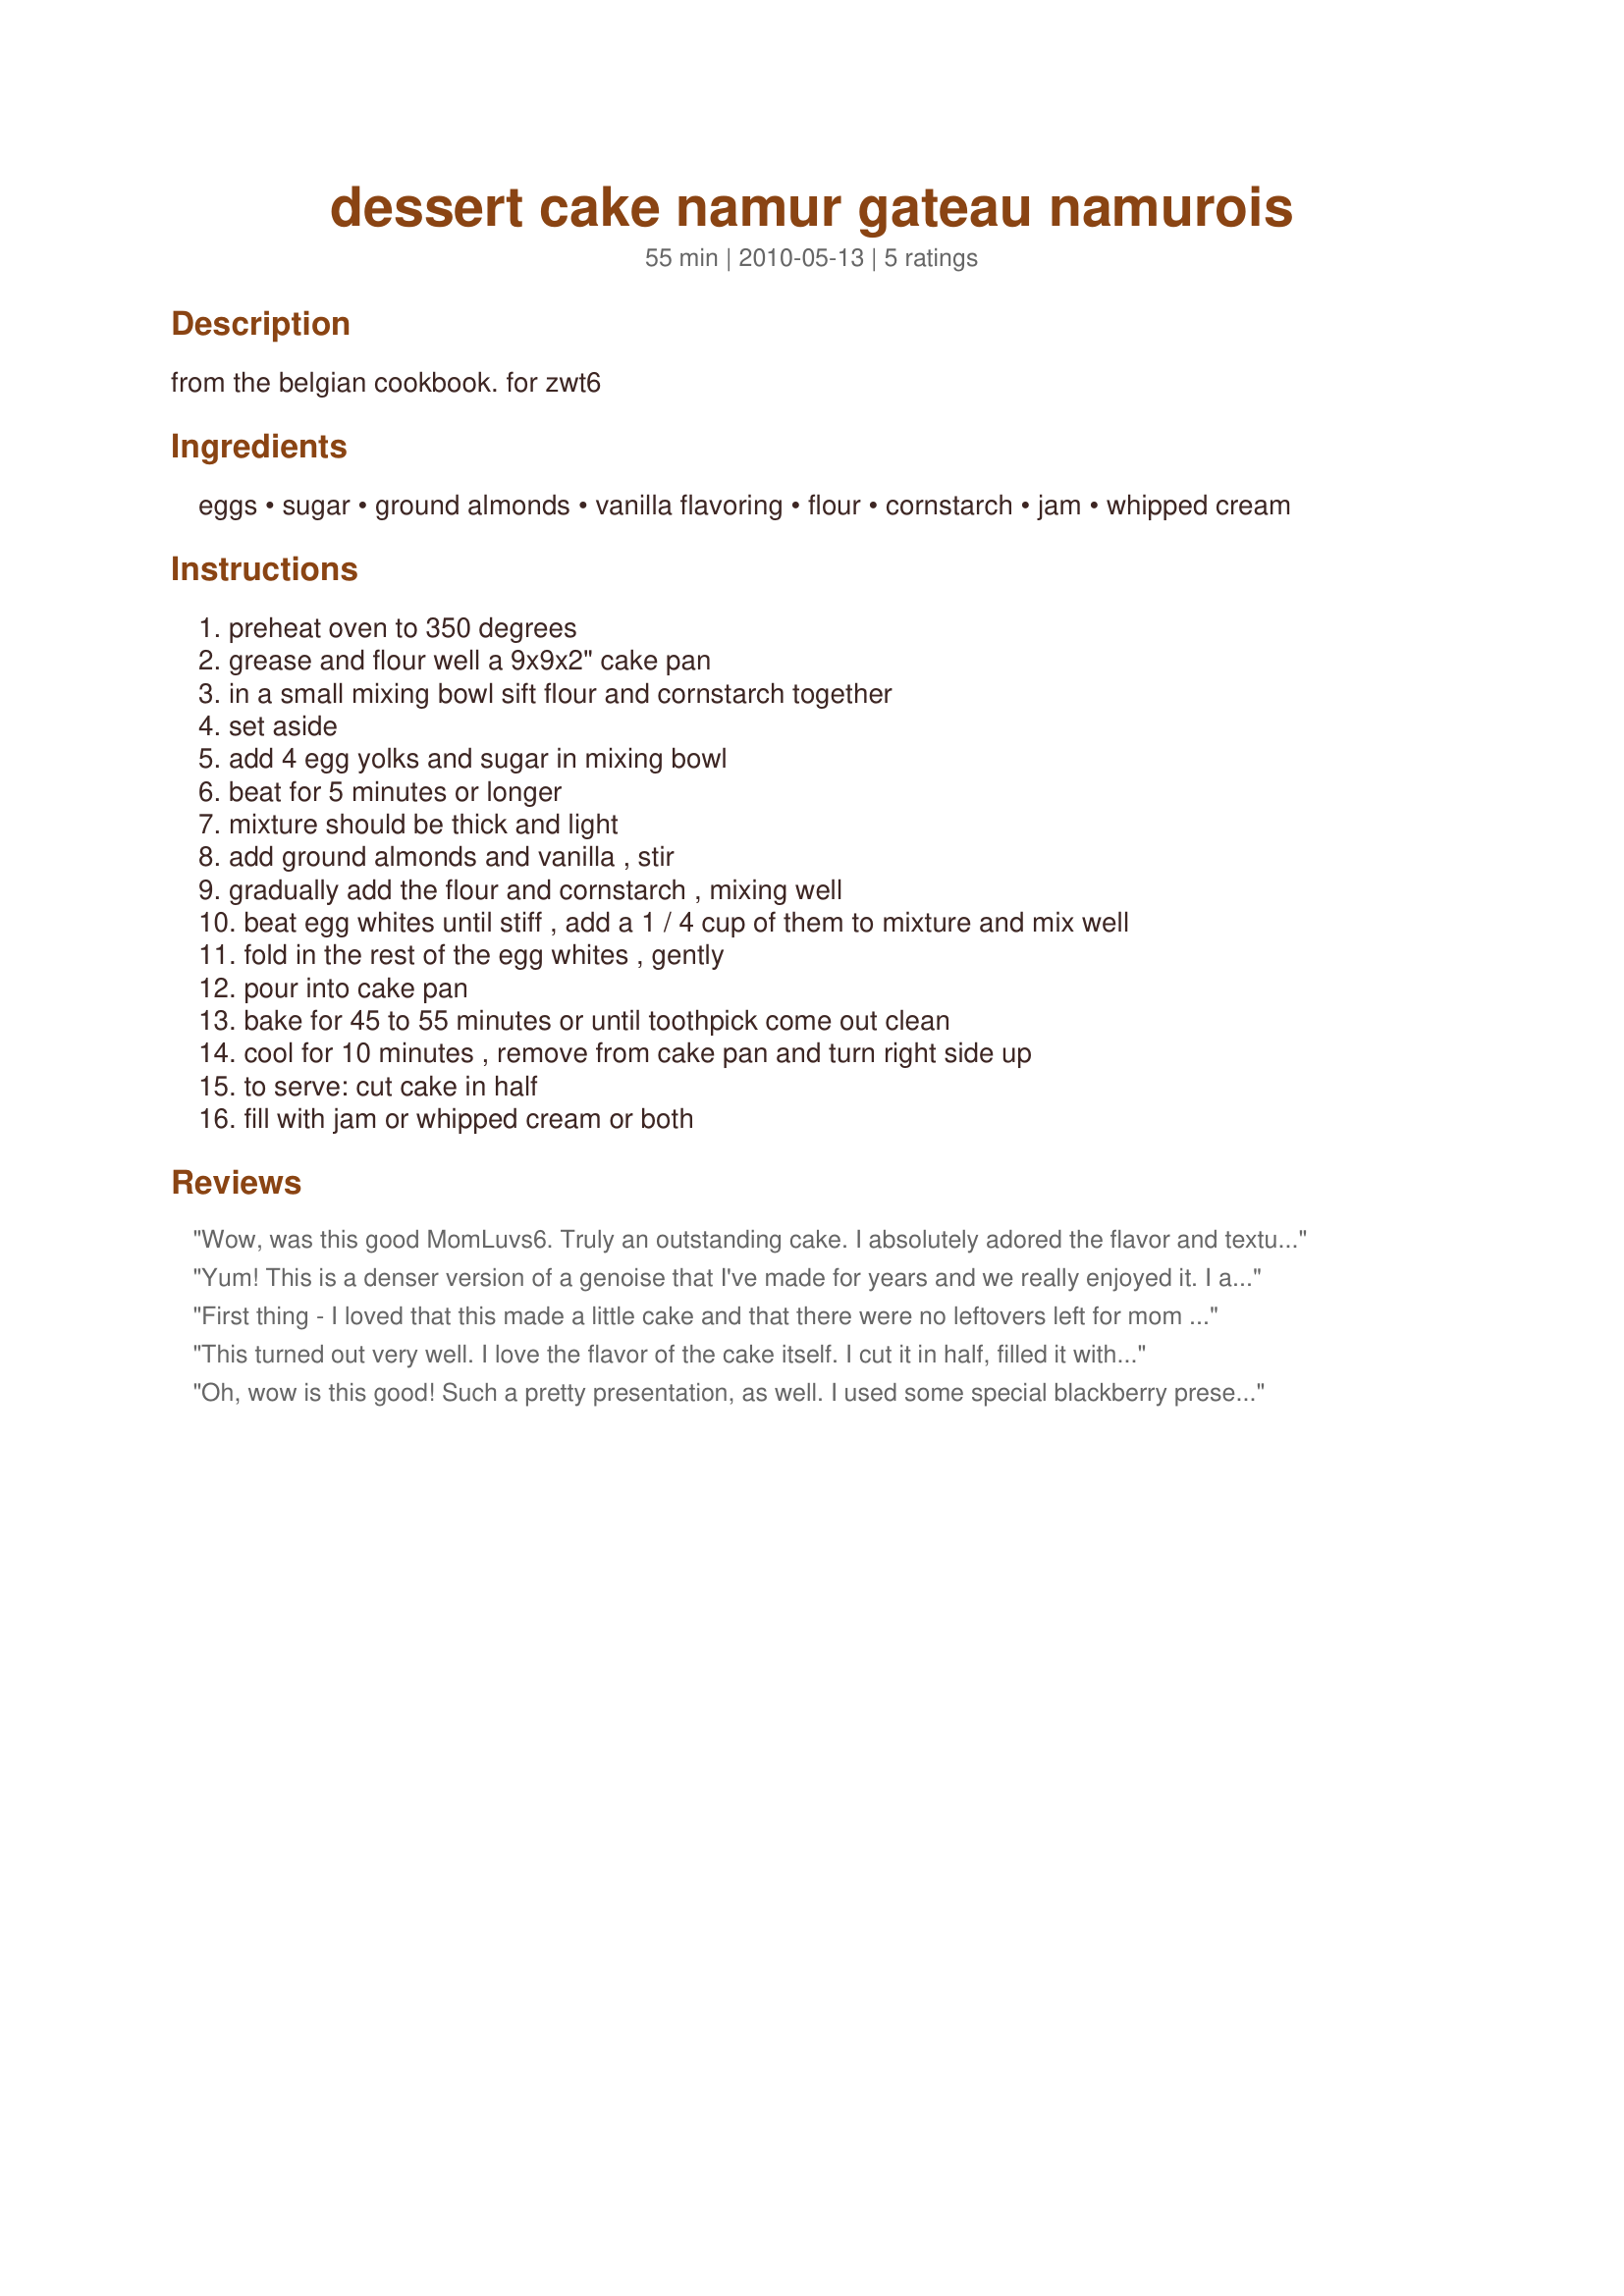
dessert cake namur gateau namurois
Preparation time: 55 minutes

from the belgian cookbook.
for zwt6

Ingredients:
eggs, sugar, ground almonds, vanilla flavoring, flour, cornstarch, jam, whipped cream

Steps:
preheat oven to 350 degrees, grease and flour well a 9x9x2" cake pan, in a small mixing bowl sift flour and cornstarch together, set aside, add 4 egg yolks and sugar in mixing bowl, beat for 5 minutes or longer, mixture should be thick and light, add ground almonds and vanilla , stir, gradually add the flour and cornstarch , mixing well, beat egg whites until stiff , add a 1 / 4 cup of them to mixture and mix well, fold in the rest of the egg whites , gently, pour into cake pan, bake for 45 to 55 minutes or until toothpick come out clean, cool for 10 minutes , remove from cake pan and turn right side up, to serve: cut cake in half, fill with jam or whipped cream or both

Reviews:
Wow, was this good MomLuvs6. Truly an outstanding cake. I absolutely adored the flavor and texture of this cake. It reminded me of meragne but with a sturdier texture, light, tender, fluffy and crispy on the outsides. I love what the ground almonds do for this cake. It was easy to make with fabulous results. Easily the best cake I have made on this site so far. I split the cake added fresh stewed strawberries and vanilla whipped cream and garnished with a little powdered sugar. This beautiful treat will be going into my Best of 2011 cookbook. Thank you to momaphet for recommending it and also a big thank you to MomLuvs6 for sharing her recipe with all of us. Made for best of 2010.
Yum! This is a denser version of a genoise that I've made for years and we really enjoyed it. I added almond extract and served it split with strawberries from the garden and whipped cream. 
This would make a great picnic/ brown bag snack as it doesn't seem to crumble. Thanks MomLuvs6! Made for ZWT6 ZINGO by one of the Unrulies Under the Influence
First thing - I loved that this made a little cake and that there were no leftovers left for mom to eat, secretly. Secondly - outstanding flavour! A little more work than I'm used to in a cake (I hate getting out the 2nd mixing bowl) but so good and worth it. When cool, I split in half and we ate it like shortcake, with lightly sweetened whipped cream and raspberry preserves in the middle, and a dollop of each on top for decoration. Thanks for such a good recipe!
This turned out very well. I love the flavor of the cake itself. I cut it in half, filled it with Cool Whip, Recipe #417148, and then topped it with more cool whip and more strawberries jubilee. Wow! I will make this again and again. Thanks for sharing the recipe. Made for ZWT6.
Oh, wow is this good! Such a pretty presentation, as well. I used some special blackberry preserves I've been saving. And they were well worth saving for this! Made a lovely dessert! Thnx for sharing your recipe, MomLuvs6. Made for the Voracious Vagabonds of ZWT 6.
